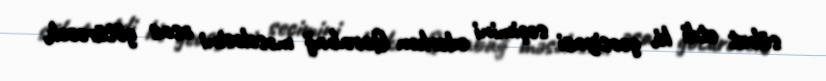
sübut etdi ki, geosiyasi seçimini edərkən Qarabağ məsələsini əsas götürəcək.